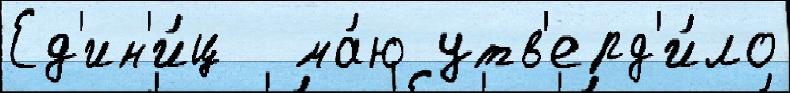
Ед'ин'и́ц  ма́ю утв'ерд'и́ло